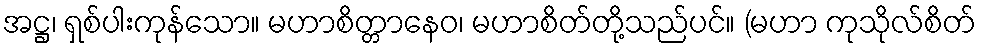
အဋ္ဌ၊ ရှစ်ပါးကုန်သော။ မဟာစိတ္တာနေဝ၊ မဟာစိတ်တို့သည်ပင်။ (မဟာ ကုသိုလ်စိတ်